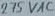
Text: 275 VAC